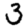
Digit: 3